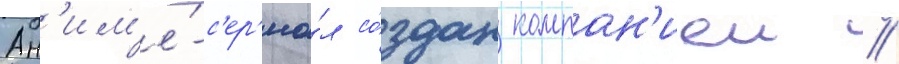
Ан'им'е́-с'ер'иа́л со́здан компан'иеи //